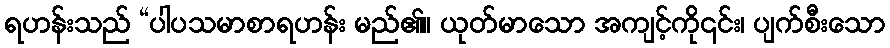
ရဟန်းသည် “ပါပသမာစာရဟန်း မည်၏။ ယုတ်မာသော အကျင့်ကို၎င်း၊ ပျက်စီးသော